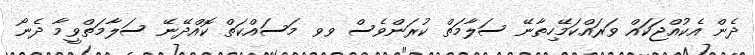
ދެން އެކުއްޖަކައް ވަރައްކަމޭހިތާނޭ ސަލާމަތް ކުރަންވެސް ވވ މަސައްކަތް ކޮއްދޭނޭ ސަލާމަތްވީމާ ދެނޯ